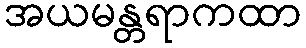
အယမန္တရာကထာ